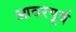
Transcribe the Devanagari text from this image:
आदरपूर्व